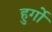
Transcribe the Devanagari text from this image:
हुर्गो